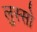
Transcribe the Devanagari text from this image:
लुस्सो